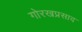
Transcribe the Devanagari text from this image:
गोरखप्रसाद